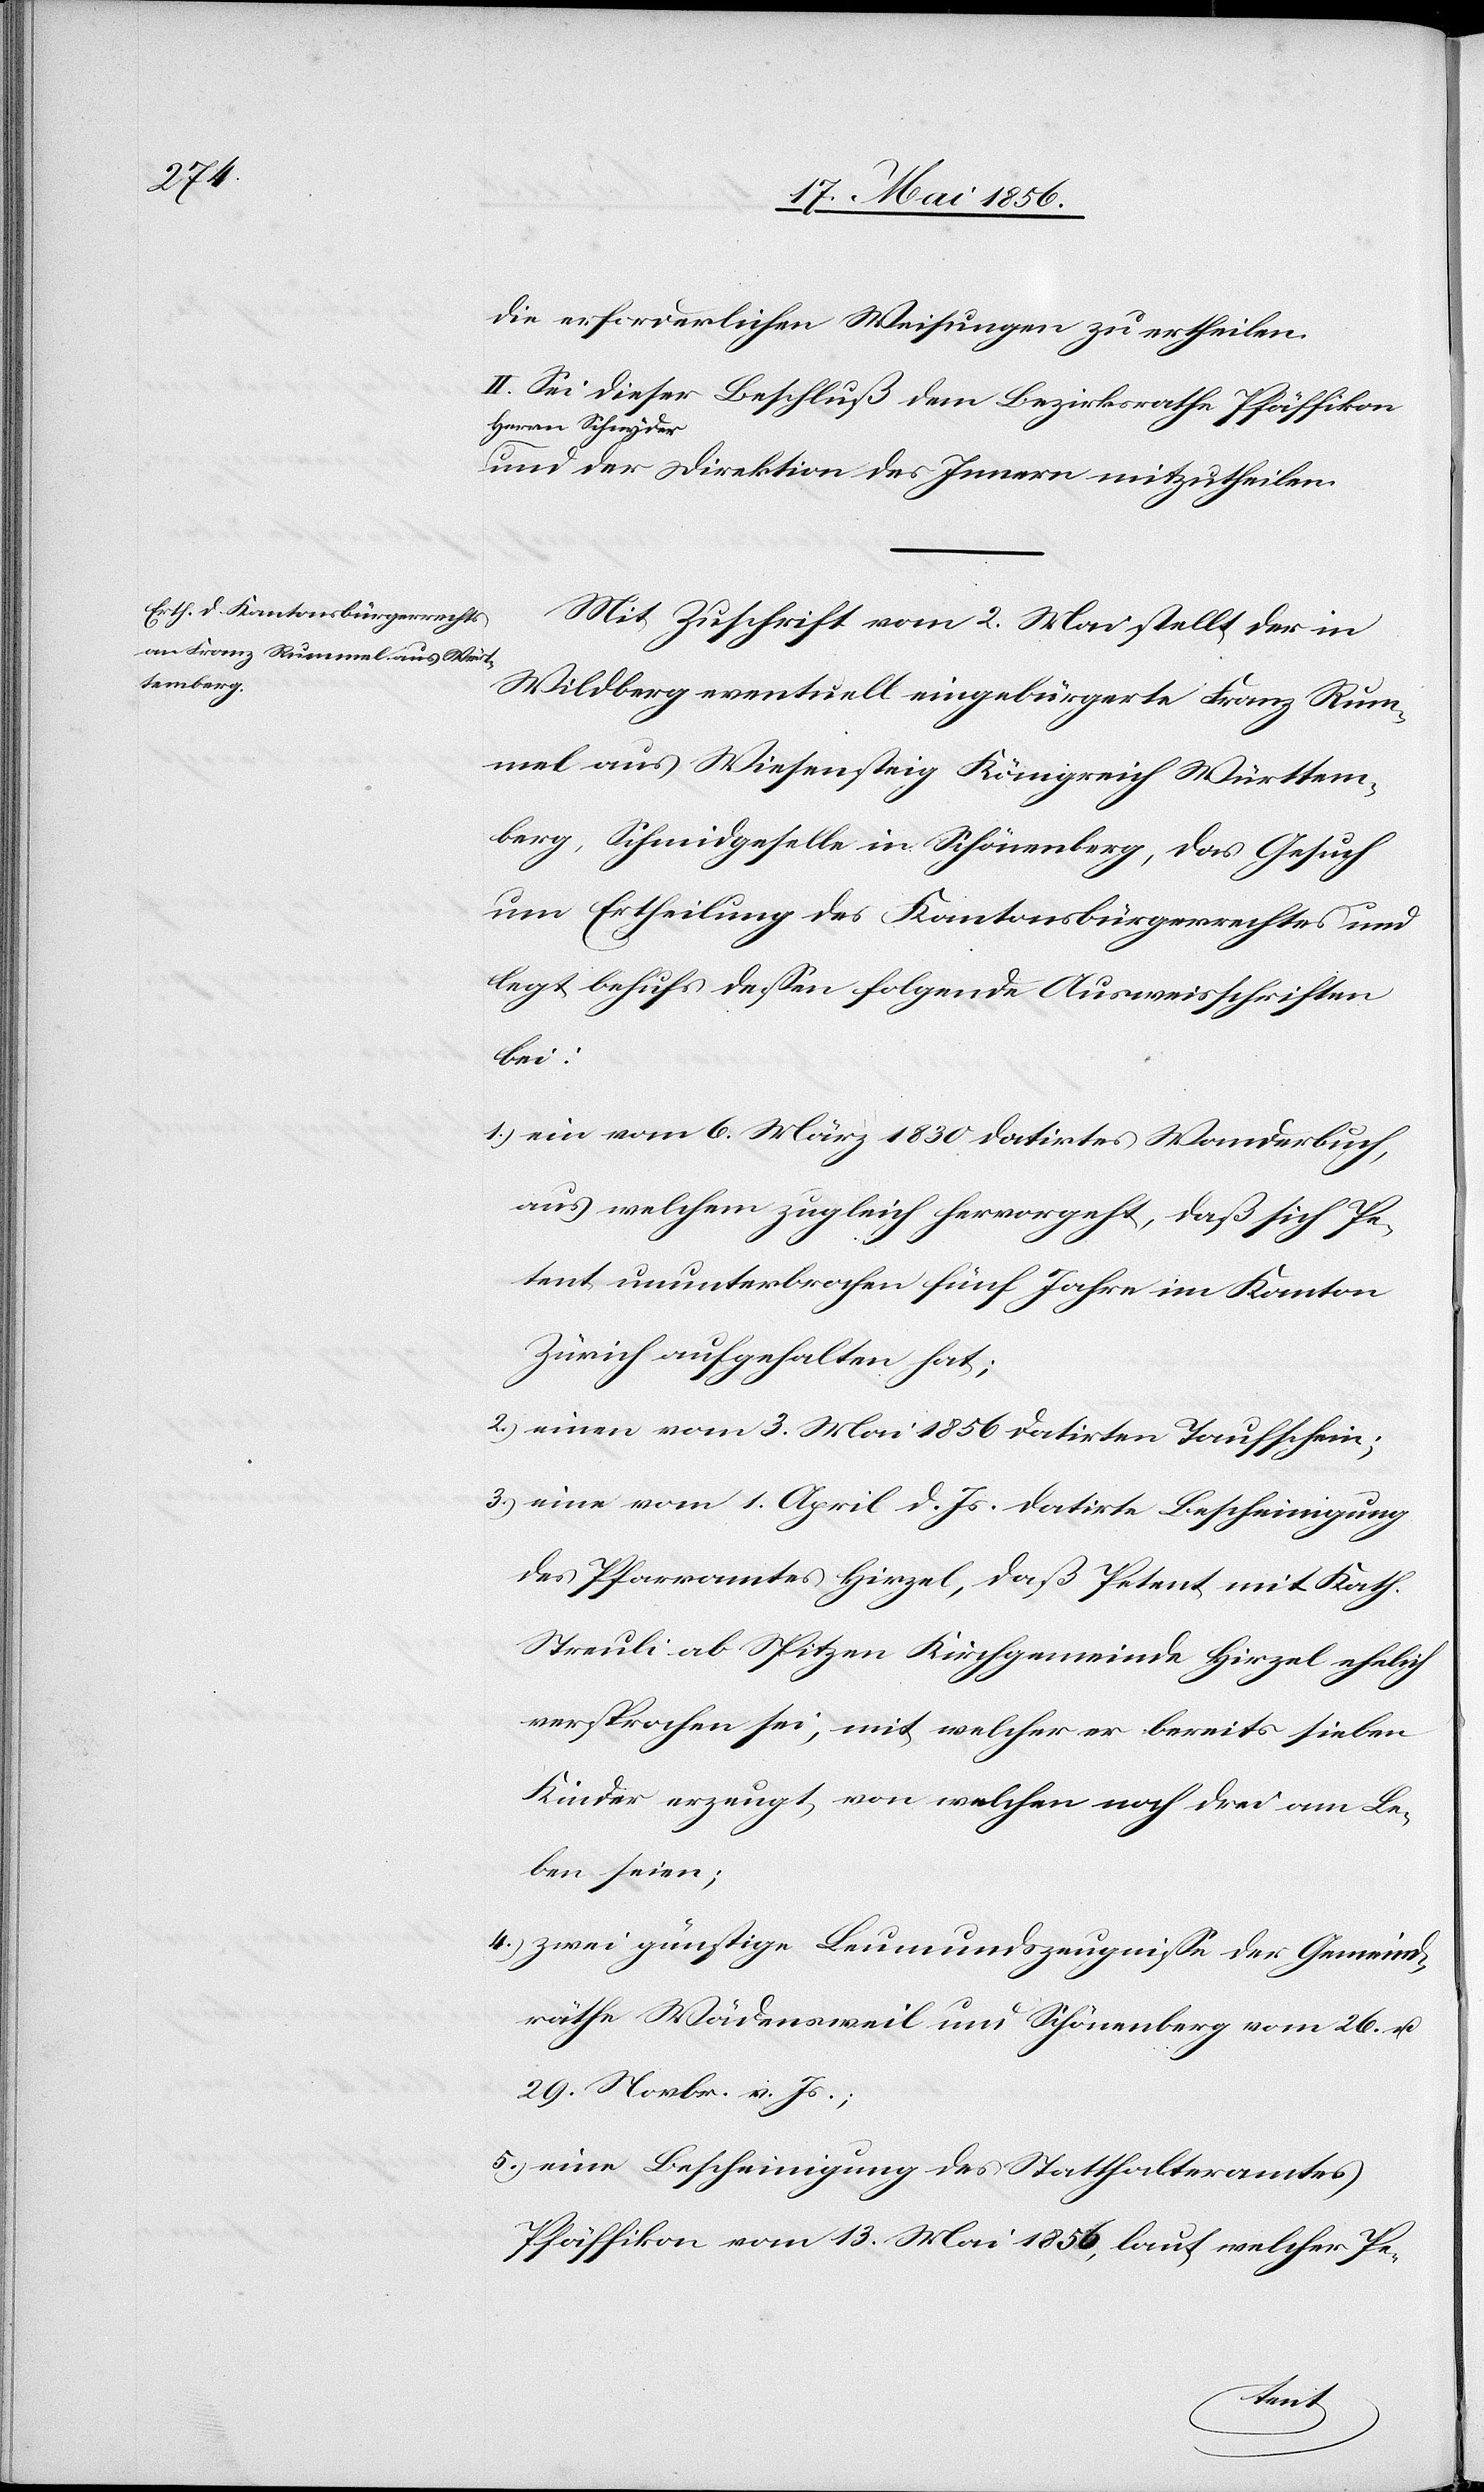
die erforderlichen Weisungen zu ertheilen.
II: Sei dieser Beschluß dem Bezirksrathe Pfäffikon
aHerrn Schnydera
und der Direktion des Innern mitzutheilen.
Mit Zuschrift vom 2. Mai stellt der in
Wildberg eventuell eingebürgerte Franz Rum¬
mel aus Wiesensteig Königreich Württem¬
berg, Schmidgeselle in Schönenberg, das Gesuch
um Ertheilung des Kantonsbürgerrechtes und
legt behufs dessen folgende Ausweisschriften
bei:
1.) ein vom 6. März 1830 datirtes Wanderbuch,
aus welchem zugleich hervorgeht, daß sich Pe¬
tent ununterbrochen fünf Jahre im Kanton
Zürich aufgehalten hat;
2.) einen vom 3. Mai 1856 datirten Taufschein;
3.) eine vom 1. April d. Js. datirte Bescheinigung
des Pfarramtes Hirzel, daß Petent mit Kath.
Streuli ab Spitzen Kirchgemeinde Hirzel ehelich
versprochen sei, mit welcher er bereits sieben
Kinder erzeugt, von welchen noch drei am Le¬
ben seien;
4.) zwei günstige Leumundszeugnisse der Gemeind¬
räthe Wädensweil und Schönenberg vom 26. u.
29. Novbr. v. Js.;
5.) eine Bescheinigung des Statthalteramtes
Pfäffikon vom 13. Mai 1856, laut welcher Pe-